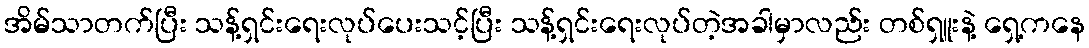
အိမ်သာတက်ပြီး သန့်ရှင်းရေးလုပ်ပေးသင့်ပြီး သန့်ရှင်းရေးလုပ်တဲ့အခါမှာလည်း တစ်ရှူးနဲ့ ရှေ့ကနေ